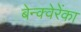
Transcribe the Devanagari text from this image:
बेन्क्वेरेंका